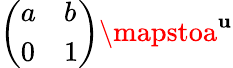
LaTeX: {\left(\begin{array}{ll}{a}&{b}\\ {0}&{1}\end{array}\right)}\mapstoa^{\mathbf{u}}